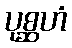
ပုစ္ဆဟံ